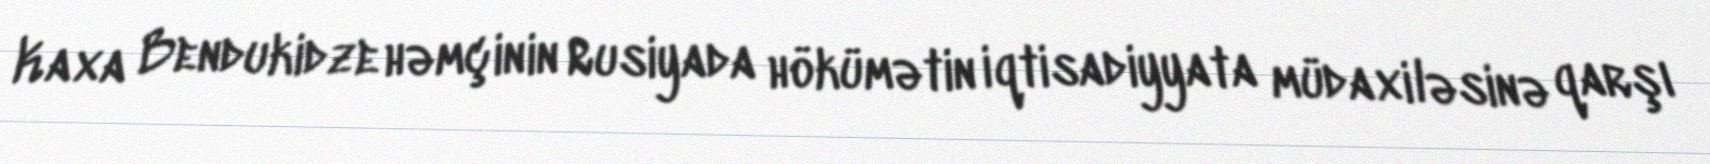
Kaxa Bendukidze həmçinin Rusiyada hökümətin iqtisadiyyata müdaxiləsinə qarşı